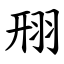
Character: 䍾